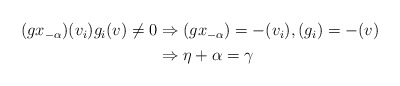
\begin{align*}\begin{aligned}(gx_{-\alpha})(v_i)g_i(v)\neq0&\Rightarrow (gx_{-\alpha})=-(v_i), (g_i)=-(v)\\&\Rightarrow\eta+\alpha=\gamma\end{aligned}\end{align*}